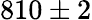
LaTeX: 810\pm 2